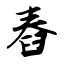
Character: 舂